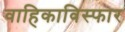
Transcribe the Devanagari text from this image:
वाहिकाविस्फार